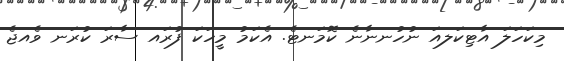
މިކަހަލަ އާޓިކަލއަ ނުހުނނާނެ ކޮމަނޓެ. އެކަމު މީހަކަ ފުރައ ސާރަ ކުރަނ ވެއޖެ